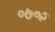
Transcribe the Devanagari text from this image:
०७०२